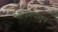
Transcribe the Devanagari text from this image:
भोपळ्यातुन